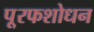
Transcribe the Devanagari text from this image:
पू्रफशोधन